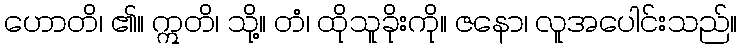
ဟောတိ၊ ၏။ ဣတိ၊ သို့။ တံ၊ ထိုသူခိုးကို။ ဇနော၊ လူအပေါင်းသည်။